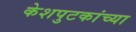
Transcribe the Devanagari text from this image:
केशपुटकांच्या